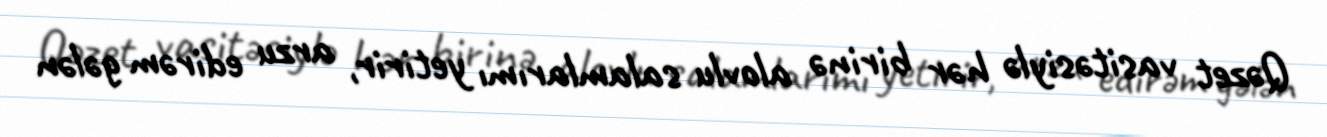
Qəzet vasitəsiylə hər birinə alovlu salamlarımı yetirir, arzu edirəm gələn